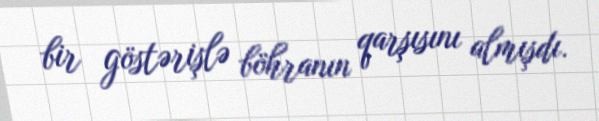
bir göstərişlə böhranın qarşısını almışdı.